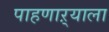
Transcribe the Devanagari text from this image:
पाहणाऱ्याला